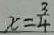
x = \frac { 3 } { 4 }